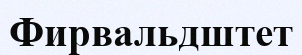
Фирвальдштет